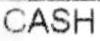
CASH